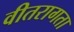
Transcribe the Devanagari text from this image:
वीतरागता